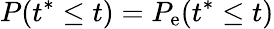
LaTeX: P(t^{\ast}\leq t)=P_{\mathrm{e}}(t^{\ast}\leq t)